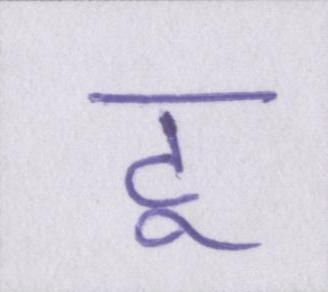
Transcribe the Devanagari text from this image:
टू